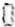
0